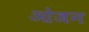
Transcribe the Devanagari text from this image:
ओजन